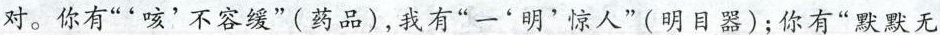
对。你有”'咳'不容缓”（药品），我有”一'明'惊人”（明目器）；你有”默默无